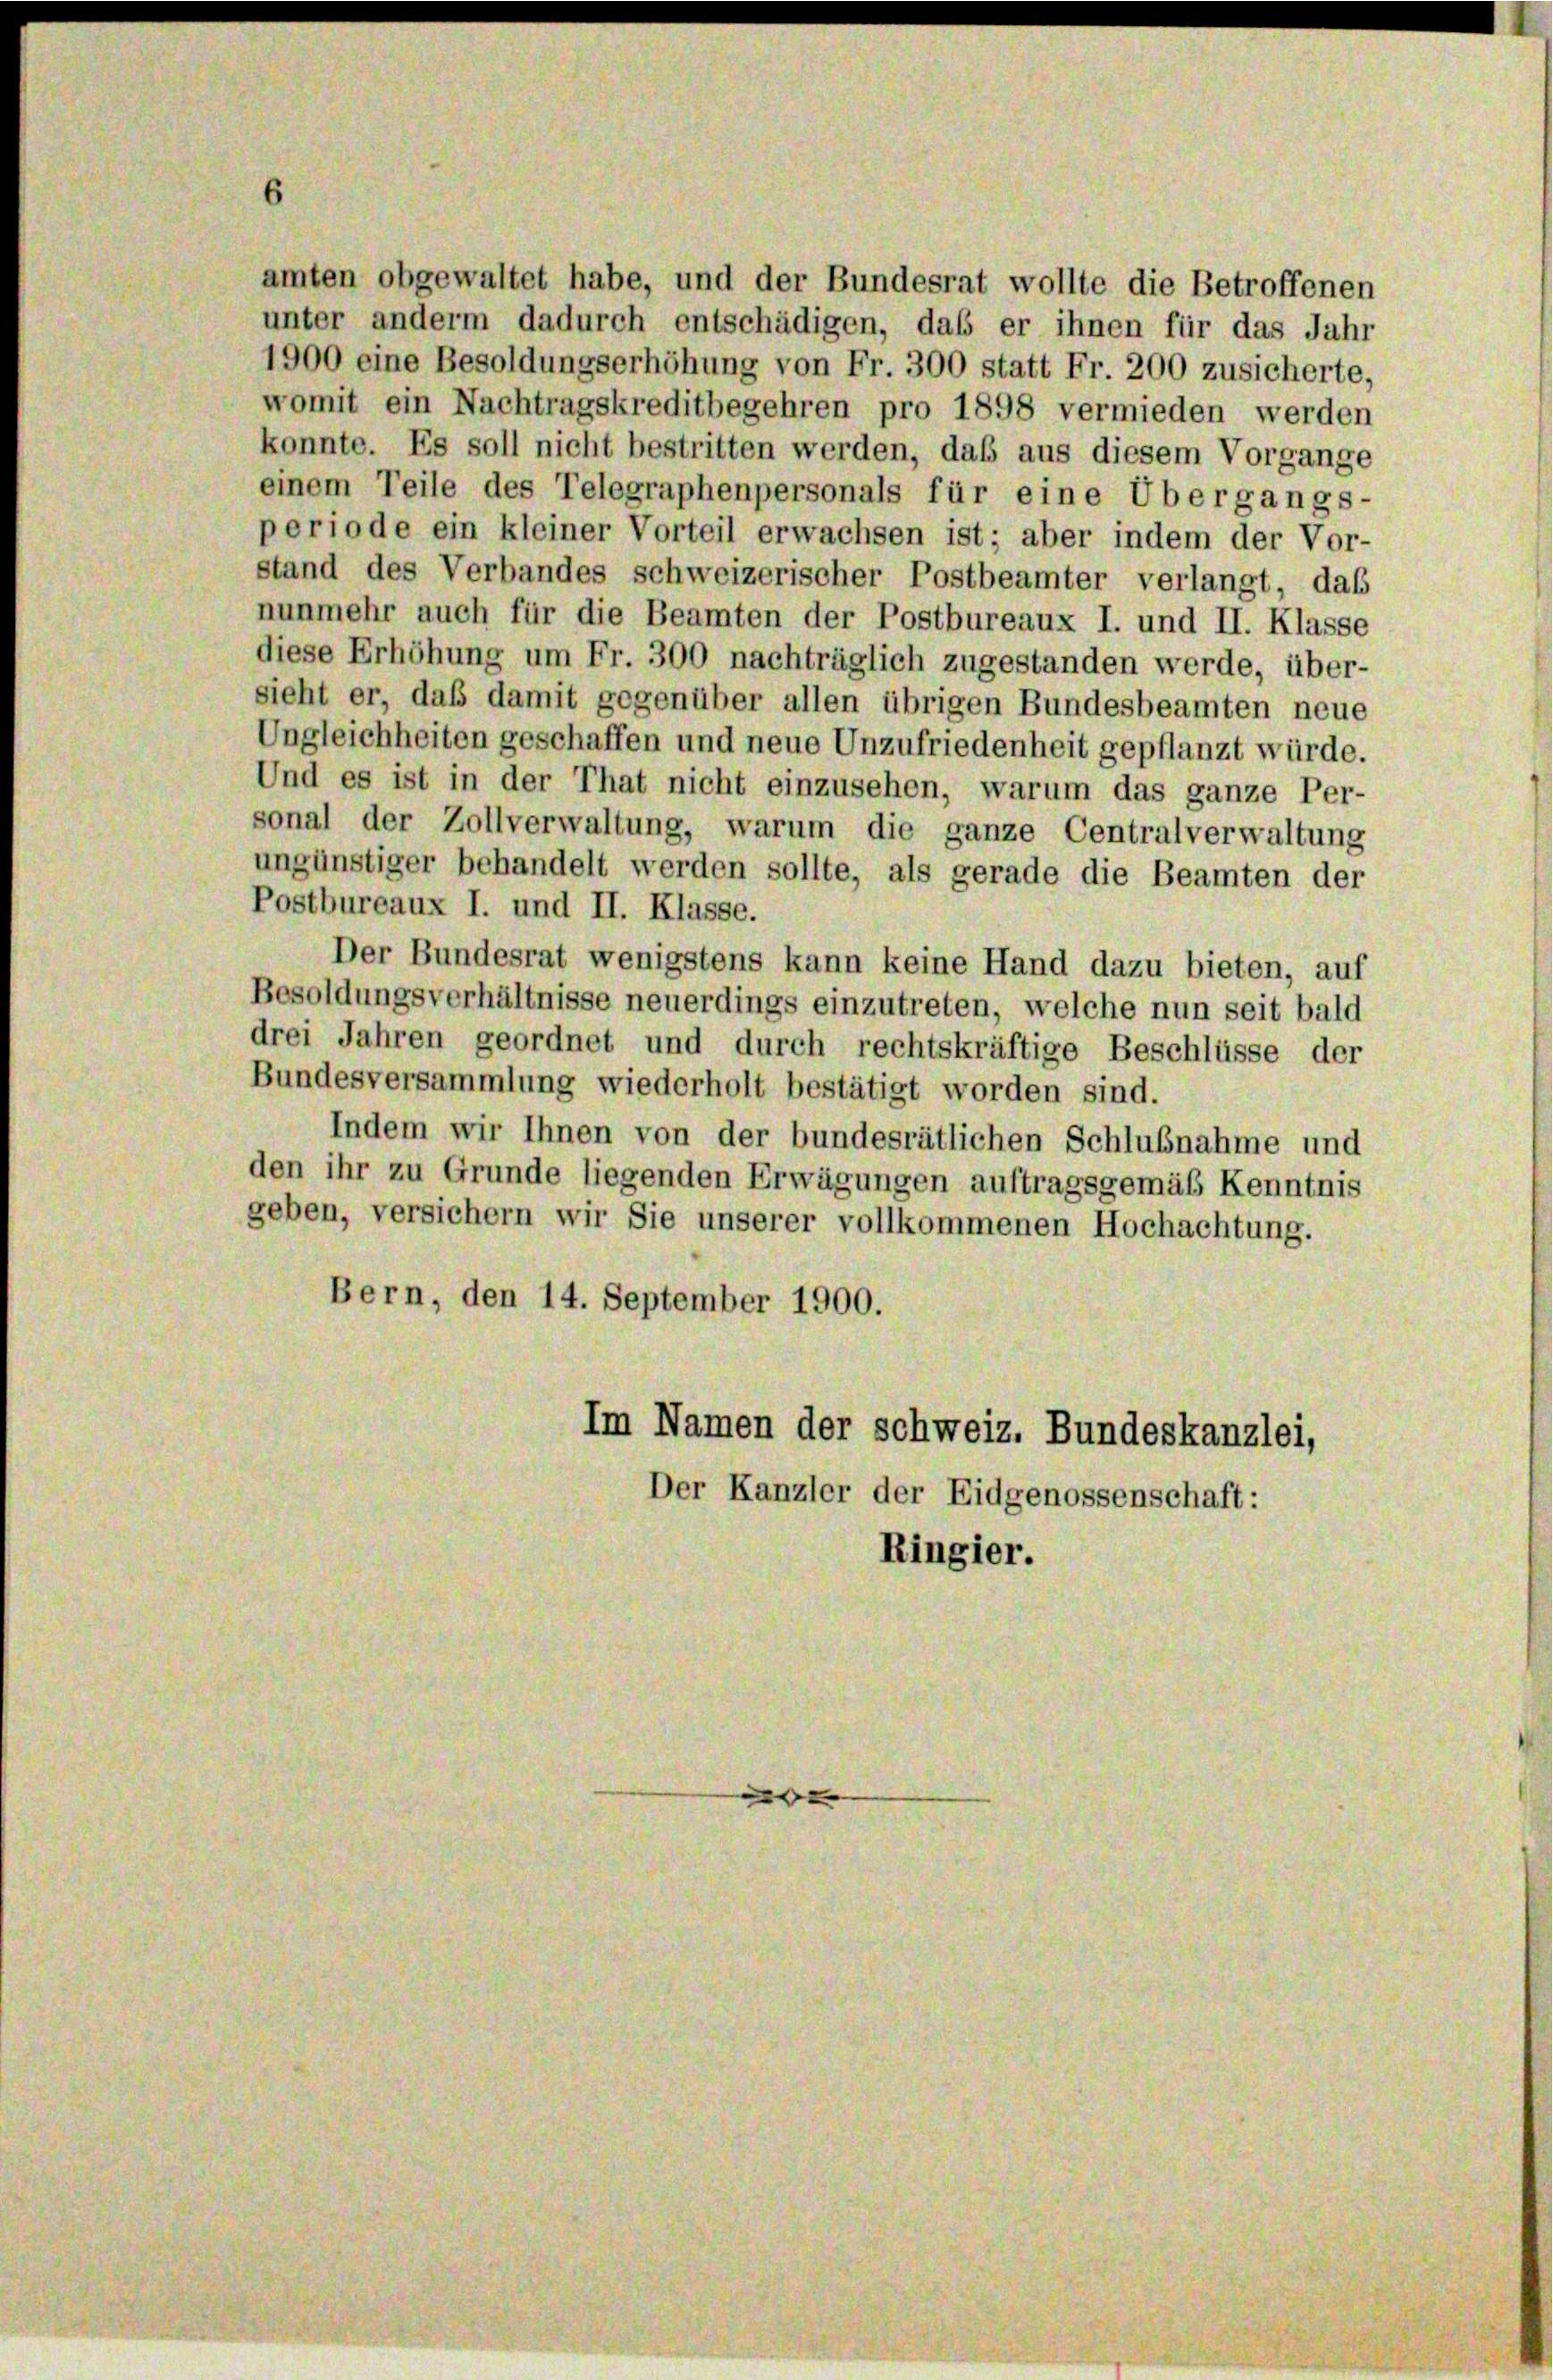
ungünstiger behandelt werden sollte, als gerade die Beamten der
Postbureaux I. und II. Klasse.
Der Bundesrat wenigstens kann keine Hand dazu bieten, auf
Besoldungsverhältnisse neuerdings einzutreten, welche nun seit bald
drei Jahren geordnet und durch rechtskräftige Beschlüsse der
Bundesversammlung wiederholt bestätigt worden sind.
Indem wir Ihnen von der bundesrätlichen Schlußnahme und
den ihr zu Grunde liegenden Erwägungen auftragsgemäß Kenntnis
geben, versichern wir Sie unserer vollkommenen Hochachtung.
Bern, den 14. September 1900.
Im Namen der Schweiz. Bundeskanzlei,
Der Kanzler der Eidgenossenschaft:
Ringier.

amten obgewaltet habe, und der Bundesrat wollte die Betroffenen
unter anderm dadurch entschädigen, daß er ihnen für das Jahr
1900 eine Besoldungserhöhung von Fr. 300 statt Fr. 200 zusicherte,
womit ein Nachtragskreditbegehren pro 1898 vermieden werden
konnte. Es soll nicht bestritten werden, daß aus diesem Vorgange
einem Teile des Telegraphenpersonals für eine Übergangs-
periode ein kleiner Vorteil erwachsen ist; aber indem der Vor-
stand des Verbandes schweizerischer Postbeamter verlangt, daß
nunmehr auch für die Beamten der Postbureaux I. und II. Klasse
diese Erhöhung um Fr. 300 nachträglich zugestanden werde, über-
sieht er, daß damit gegenüber allen übrigen Bundesbeamten neue
Ungleichheiten geschaffen und neue Unzufriedenheit gepflanzt würde.
Und es ist in der That nicht einzusehen, warum das ganze Per-
sonal der Zollverwaltung, warum die ganze Centralverwaltung